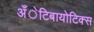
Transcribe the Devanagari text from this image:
अँेटिबायोटिक्स